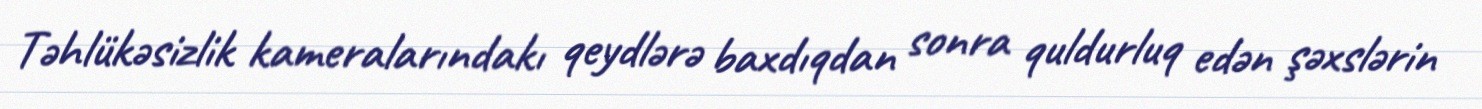
Təhlükəsizlik kameralarındakı qeydlərə baxdıqdan sonra quldurluq edən şəxslərin